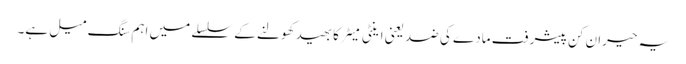
یہ حیران کن پیشرفت مادے کی ضد یعنی اینٹی مَیٹر کا بھید کھولنے کے سلسلے میں اہم سنگ میل ہے۔